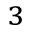
^ 3